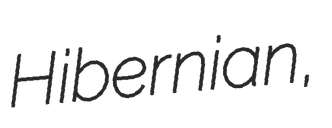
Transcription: Hibernian,